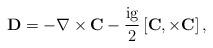
LaTeX: \begin{align*}\bf D = -\nabla \times C - {\rm \frac{ig}{2}} \left[ C, \times C \right],\end{align*}